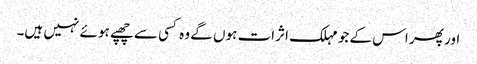
اور پھر اس کے جو مہلک اثرات ہوں گے وہ کسی سے چھپے ہوئے نہیں ہیں۔